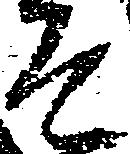
そ